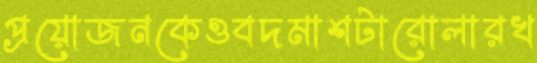
প্রয়োজনকেওবদমাশটারোলারখ